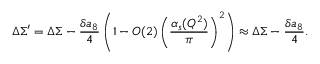
\Delta \Sigma ^ { \prime } = \Delta \Sigma - \frac { \delta a _ { 8 } } { 4 } \left( 1 - { \cal O } ( 2 ) \left( \frac { \alpha _ { s } ( Q ^ { 2 } ) } { \pi } \right) ^ { 2 } \right) \approx \Delta \Sigma - \frac { \delta a _ { 8 } } { 4 } .